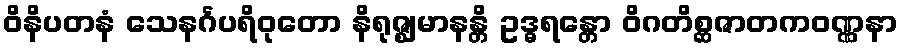
ဝိနိပတနံ သေနင်္ဂပရိဝုတော နိရုဇ္ဈမာနန္တိ ဥဒ္ဓရန္တော ဝိဂတိစ္ဆဇာတကဝဏ္ဏနာ